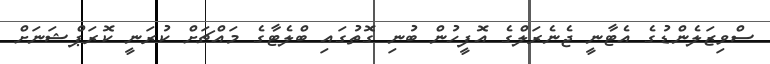
ސްވިޒަލެންޑުގެ އެޓާނީ ޖެނެރަލްގެ އޮފީހުން ބުނި ގޮތުގައި ބްލެޓާގެ މައްޗަށް ކުރަނީ ކޮރަޕްޝަނަށް